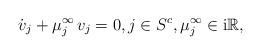
LaTeX: \begin{align*}\dot{v}_j+\mu_j^{\infty}\, v_j=0, j\in S^c, \mu_j^{\infty}\in\mathrm{i} \mathbb{R},\end{align*}